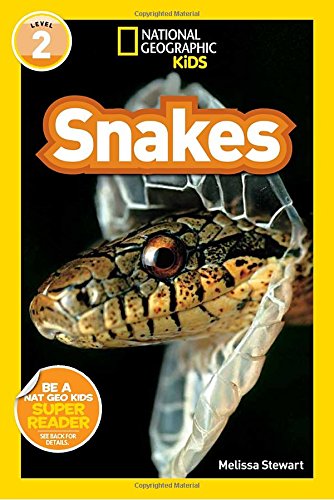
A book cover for National Geographic Readers: Snakes!; Melissa Stewart; Science & Math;